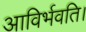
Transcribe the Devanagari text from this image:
आविर्भवति।